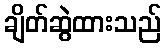
ချိတ်ဆွဲထားသည်